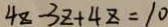
4 z - 3 z + 4 z = 1 0